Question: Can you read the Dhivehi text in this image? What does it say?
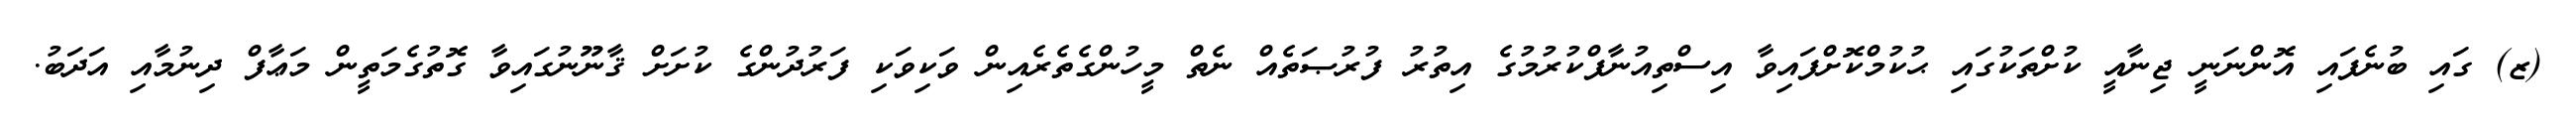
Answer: (ޒ) ގައި ބުނެފައި އޮންނަނީ ޖިނާއީ ކުށްތަކުގައި ޙުކުމްކޮށްފައިވާ އިސްތިއުނާފްކުރުމުގެ އިތުރު ފުރުޞަތެއް ނެތް މީހުންގެތެރެއިން ވަކިވަކި ފަރުދުންގެ ކުށަށް ޤާނޫނުގައިވާ ގޮތުގެމަތީން މަޢާފް ދިނުމާއި އަދަބު.